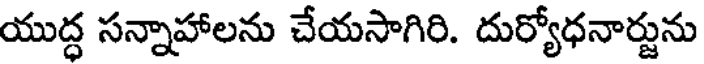
యుద్ధ సన్నాహాలను చేయసాగిరి. దుర్యోధనార్జును